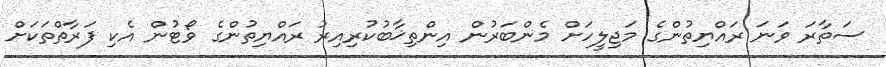
ސަތާރަ ވަނަ ރައްޔިތުންގެ މަޖިލީހަށް މެންބަރުން އިންތިޚާބުކުރިއިރު ރައްޔިތުންގެ ވޯޓުން އެކި ފަރާތްތަކަށް